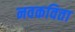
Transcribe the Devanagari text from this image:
नवकविता